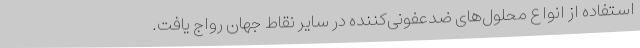
استفاده از انواع محلول‌های ضدعفونی‌کننده در سایر نقاط جهان رواج یافت.